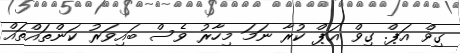
ގިވް އަޕް. ގިވް އަޕް ކުރާ ނަމަ މިހާރު ވެސް ބައިވަރު ކަންތައްތައް